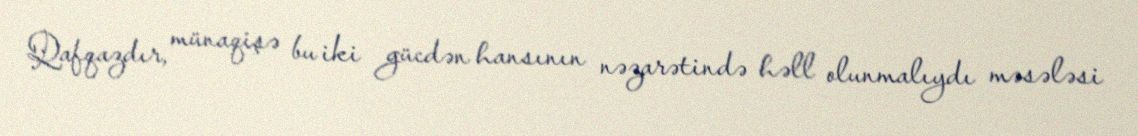
Qafqazdır, münaqişə bu iki gücdən hansının nəzarətində həll olunmalıydı məsələsi